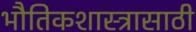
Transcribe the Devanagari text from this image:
भौतिकशास्त्रासाठी